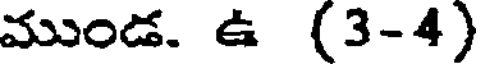
ముండ. ఉ (3-4)